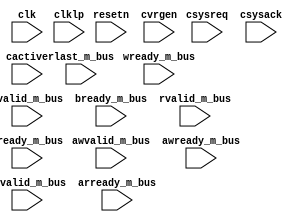
/* ---------------------------------------------------------------------
**
**                  (C) COPYRIGHT 2001-2011 SYNOPSYS, INC.
**                            ALL RIGHTS RESERVED
**
**  This software and the associated documentation are confidential and
**  proprietary to Synopsys, Inc.  Your use or disclosure of this
**  software is subject to the terms and conditions of a written
**  license agreement between you, or your company, and Synopsys, Inc.
**
**  The entire notice above must be reproduced on all authorized copies.
**
** ---------------------------------------------------------------------
**
** Abstract : Checks Low Power handshaking infrastructure.
**
**
** ---------------------------------------------------------------------
**
** CHECKERS:
**
** - check that csysack follows csysreq (1 clk cycle delayed)
**
** - cactive deasserts when csysreq deasserts and there are no outstanding
**   transactions in the bus
**
** - cactive will deassert after transactions counter reaches 0 (csysreq is
**   kept high)
**
** - after reset cactive will deassert after transactions counter reaches 0
**
** - cactive will remain deasserted while there are no transactions pending
**   in the bus
**
** - cactive will assert when new transaction arrives into the bus
**
** - cactive will remain asserted while there are transactions pending in
**   the bus
**
**  - after reset cactive will be:
**    - 0 if NOPX = 0;
**    - 1 if NOPX > 0;
**
** - ready will remain deasserted during Low Power mode
**
** - cactive will assert at the same time as csysack after Lexiting from
**   Low Power
**
** - If there is a buffer stage between the Master and the Slave ports,
**   ready signals for AW, AR and W channels must assert after exiting
**   from Low Power
**
** ---------------------------------------------------------------------
**
** COVERAGE POINTS:
**
** - The system enter in Low Power mode at least once
**
** - The clock is removed sometime during the Low Power mode
**
** - cactive deasserts when LPC requests entering in Low Power mode
**
** - cactive deasserts after no transactions counter have been elapsed
**
** - The system enter in Low Power mode - request accepted
**
** - The system enter in Low Power mode - request rejected
**
** - The system exits from Low Power mode by component request
**
** - The system exits from Low Power mode by LPC request
**
** - The system exits from Low Power mode after Low Power entering rejected
**
** ---------------------------------------------------------------------
*/



module tb_check_lp (
  clk,                                            // System clock
  clklp,                                          // Low Power clock
  resetn,                                         // System reset
  cvrgen,                                         // Coverage enable signal. Will trigger coverage points checking

  awvalid_m_bus,
  awready_m_bus,
  arvalid_m_bus,
  arready_m_bus,
  wready_m_bus,
  bvalid_m_bus,
  bready_m_bus,
  rvalid_m_bus,
  rready_m_bus,
  rlast_m_bus,

  csysreq,
  csysack,
  cactive
);

// Parameters
parameter              NMST = 1;                  // Number of masters
parameter              NOPX = 0;                  // Post Completion Delay Counter
parameter              PCPL = 0;                  // Post Completion Latency (0 or 1)

parameter              AR_HAS_BUFF = 0;           // 1 if there is a buffer stage between the Master and Slave ports
parameter              AW_HAS_BUFF = 0;           // 1 if there is a buffer stage between the Master and Slave ports
parameter              W_HAS_BUFF  = 0;           // 1 if there is a buffer stage between the Master and Slave ports


localparam             FpRej = 1'b0;              // FSM state to control rejected Low Power mode entry
localparam             LpRej = 1'b1;              // ...


input                  clk;                       // System clock
input                  clklp;                     // Low Power clock
input                  resetn;                    // System reset
input                  cvrgen;                    // Coverage enable - will check covrage point on asserting

input   [NMST-1:0]     awvalid_m_bus;
input   [NMST-1:0]     awready_m_bus;
input   [NMST-1:0]     arvalid_m_bus;
input   [NMST-1:0]     arready_m_bus;
input   [NMST-1:0]     wready_m_bus;
input   [NMST-1:0]     bvalid_m_bus;
input   [NMST-1:0]     bready_m_bus;
input   [NMST-1:0]     rvalid_m_bus;
input   [NMST-1:0]     rready_m_bus;
input   [NMST-1:0]     rlast_m_bus;

input                  csysreq;                   // Low Power request
input                  csysack;                   // Low Power acknowledge
input                  cactive;                   // Clock active


reg     [NMST-1:0]     bvalid_m_bus_reg;
reg     [NMST-1:0]     bready_m_bus_reg;
reg     [NMST-1:0]     rvalid_m_bus_reg;
reg     [NMST-1:0]     rready_m_bus_reg;
reg     [NMST-1:0]     rlast_m_bus_reg;

wire    [NMST-1:0]     bvalid_bus;
wire    [NMST-1:0]     bready_bus;
wire    [NMST-1:0]     rvalid_bus;
wire    [NMST-1:0]     rready_bus;
wire    [NMST-1:0]     rlast_bus;

reg     [31:0]         cnt_trans;
reg     [31:0]         cnt_trans_reg;
reg     [31:0]         nopx_cnt;

reg                    csysreq_dl;                // Delayed version of csysreq signal
reg                    csysreq_lp_dl;             // Delayed version of csysreq signal (Low Power clock domain)
wire                   csysreq_edge;              // Edge detection of csysreq signal
wire                   csysreq_ne;                // Negative edge of csysreq signal
wire                   csysreq_pe;                // Positive edge of csysreq signal
reg                    csysreq_lp_pe_dl;          // Delayed csysreq positive edge detection (Low Power clock domain)
reg                    csysreq_ne_dl;             // Delayed csysreq negative edge detection

reg                    csysack_dl;                // Delayed csysack signal
wire                   csysack_ne;                // Negative edge of csysack
wire                   csysack_pe;                // Positive edge of csysack
reg                    csysack_pe_dl;             // Delayed csysack positive edge detection

reg                    cactive_dl;                // Delayed cactive signal
wire                   cactive_pe;                // Positive edge detection of the cactive
wire                   cactive_ne;                // Negative edge detection of the cactive
reg                    cactive_lp_dl_s1;          // Delayed cactive signal (Low Power domain) - 1st stage
reg                    cactive_lp_dl_s2;          // Delayed cactive signal (Low Power domain) - 2nd stage
wire                   cactive_lp_pe;             // Positive edge detection of the cactive (Low Power domain)

reg                    resetn_reg;                // Delaysed resetn signal
wire                   resetn_edge;               // Edge detection of the reset

wire                   low_power_on;
reg                    low_power_on_dl;           // Delayed low_power_on signal
wire                   low_power_on_pe;           // Positive edge of low_power_on signal
wire                   low_power_ready;           // Low Power Ready status

reg                    cvrg_enter_lp_reject_flg;  // Low Power mode entry rejection flag
reg                    rejstate;
reg                    next_rejstate;

wire                   avalid;                    // AW and AR channels valid signal detection
wire                   ready;                     // AW, AR and W channles ready signal detection
wire                   active_trans;              // active transactions
reg                    active_trans_dl;           // Delayed active_trans signal

reg                    leaving_reset;             // reset flag

// Coverage points
integer                mst, mstr;

integer                cvrg_lp_mode;              // Enter in Low Power
integer                cvrg_clk_cnt;              // system clock counter
integer                cvrg_lpclk_cnt;            // Lpw-Power clock counter
integer                cvrg_cactive_by_csysreq;   // cactive goes low after when csysreq deasserts
integer                cvrg_cactive_by_counter;   // cactive goes low after counter reaches 0

integer                cvrg_enter_lp_accept;      // Enter in Low Power mode accepted
integer                cvrg_enter_lp_reject;      // Enter in Low Power mode rejected
integer                cvrg_exit_lp_comp_req;     // Exit from Low Power mode after component request
integer                cvrg_exit_lp_lpc_req;      // Exit from Low Power mode after LPC request
integer                cvrg_exit_lp_after_reject; // Exit from Low Power mode after Low Power entering rejected


assign avalid = awvalid_m_bus || arvalid_m_bus;
assign ready  = awready_m_bus || arready_m_bus || wready_m_bus;


// csysreq edges detection
always @(posedge clk or negedge resetn) begin
  if(!resetn) begin
     csysreq_dl <= 1'b1;
  end
  else begin
     csysreq_dl <= csysreq;
  end
end

assign csysreq_ne   = !csysreq && csysreq_dl;
assign csysreq_pe   = csysreq && !csysreq_dl;


always @(posedge clklp or negedge resetn) begin
  if(!resetn) begin
     csysreq_lp_dl <= 1'b1;
  end
  else begin
     csysreq_lp_dl <= csysreq;
  end
end

assign csysreq_edge  = csysreq^csysreq_lp_dl;
assign csysreq_lp_pe = csysreq && !csysreq_lp_dl;


// csysreq_lp_pe_dl will trigger cactive asserting check
// after a Low Power exiting request. This is implemented
// in Low Power clock domain since Low Power clock could
// not come back into the system immediately
always @(posedge clklp or negedge resetn) begin
  if(!resetn) begin
     csysreq_lp_pe_dl <= 1'b0;
  end
  else begin
     csysreq_lp_pe_dl <= csysreq_lp_pe;
  end
end

// csysreq_ne_dl will trigger cactive deasserting check
// after a Low Power entering request (by LPC)
always @(posedge clklp or negedge resetn) begin
  if(!resetn) begin
     csysreq_ne_dl <= 1'b0;
  end
  else begin
     csysreq_ne_dl <= csysreq_ne;
  end
end


// csysack edge detection
always @(posedge clk or negedge resetn) begin
  if(!resetn) begin
     csysack_dl <= 1'b1;
  end
  else begin
     csysack_dl <= csysack;
  end
end

assign csysack_ne = !csysack && csysack_dl;
assign csysack_pe = csysack && !csysack_dl;


always @(posedge clklp or negedge resetn) begin
  if(!resetn) begin
     csysack_pe_dl    <= 1'b0;
  end
  else begin
     csysack_pe_dl    <= csysack_pe;
  end
end


// Cactive edge detection
always @(posedge clk or negedge resetn) begin
  if(!resetn) begin
     cactive_dl <= 1'b0;
  end
  else begin
     cactive_dl <= cactive;
  end
end

assign cactive_pe = cactive && !cactive_dl;
assign cactive_ne = !cactive && cactive_dl;


// Cactive edge detection (Low Power Domain)
always @(posedge clklp or negedge resetn) begin
  if(!resetn) begin
     cactive_lp_dl_s1 <= 1'b0;
     cactive_lp_dl_s2 <= 1'b0;
  end
  else begin
     cactive_lp_dl_s1 <= cactive;
     cactive_lp_dl_s2 <= cactive_lp_dl_s1;
  end
end

assign cactive_lp_pe = cactive_lp_dl_s2 && !cactive_lp_dl_s2;


// Reset edge detection
always @(posedge clk or negedge resetn) begin
  if(!resetn) begin
     resetn_reg <= 1'b0;
  end
  else begin
     resetn_reg <= resetn;
  end
end

assign resetn_edge = resetn_reg^resetn;


// Detect the period from when a reset pulse occurs
// until the first transaction arrives into the bus
always @(posedge clk or negedge resetn) begin
  if(!resetn) begin
     leaving_reset  <= 1'b1;
  end
  else begin
     if (avalid || !csysreq) leaving_reset <= 1'b0;
  end
end


// Burst Response and Read Data channels sampling latency
// When PCL is set 1, the transaction will complete only
// one clock cycle after a valid response combination is
// catched, i.e, either (bvalid && bready) or
// (rvalid && rready && rlast) are true.
always @(posedge clk or negedge resetn) begin
  if(!resetn) begin
     bvalid_m_bus_reg <= {NMST{1'b0}};
     bready_m_bus_reg <= {NMST{1'b0}};
     rvalid_m_bus_reg <= {NMST{1'b0}};
     rready_m_bus_reg <= {NMST{1'b0}};
     rlast_m_bus_reg  <= {NMST{1'b0}};
  end
  else begin
     bvalid_m_bus_reg <= bvalid_m_bus;
     bready_m_bus_reg <= bready_m_bus;
     rvalid_m_bus_reg <= rvalid_m_bus;
     rready_m_bus_reg <= rready_m_bus;
     rlast_m_bus_reg  <= rlast_m_bus;
  end
end

assign bvalid_bus = (PCPL==1) ? bvalid_m_bus_reg : bvalid_m_bus;
assign bready_bus = (PCPL==1) ? bready_m_bus_reg : bready_m_bus;
assign rvalid_bus = (PCPL==1) ? rvalid_m_bus_reg : rvalid_m_bus;
assign rready_bus = (PCPL==1) ? rready_m_bus_reg : rready_m_bus;
assign rlast_bus  = (PCPL==1) ? rlast_m_bus_reg  : rlast_m_bus;


// Count active transations in the bus
always @(posedge clk or negedge resetn) begin
  if(!resetn) begin
     cnt_trans = 0;
  end
  else begin
     for(mst=0; mst < NMST; mst=mst+1) begin
        if (awvalid_m_bus[mst] && awready_m_bus[mst])
           cnt_trans = cnt_trans + 1;

        if (arvalid_m_bus[mst] && arready_m_bus[mst])
            cnt_trans = cnt_trans + 1;

        if (bvalid_bus[mst] && bready_bus[mst])
           cnt_trans = cnt_trans - 1;

        if (rvalid_bus[mst] && rready_bus[mst] && rlast_bus[mst])
            cnt_trans = cnt_trans - 1;
     end
     cnt_trans_reg <= cnt_trans;
  end
end

assign active_trans = (|cnt_trans_reg) || avalid;


always @(posedge clk or negedge resetn) begin
  if(!resetn) begin
     active_trans_dl <= 0;
  end
  else begin
     active_trans_dl <= active_trans;
  end
end


// Control no outstanding transactions counter
always @(posedge clklp or negedge resetn) begin
  if(!resetn) begin
     nopx_cnt <= NOPX;
  end
  else begin
     if (csysreq_lp_pe) begin
        nopx_cnt <= NOPX + 1;
     end
     else if (active_trans || (nopx_cnt==0) || (cactive===0)) begin
        nopx_cnt <= NOPX;
     end
     else begin
        nopx_cnt <= nopx_cnt - 1;
     end
  end
end


// ---------------------------------------------------------------------
// Entering in low power mode detection
// ---------------------------------------------------------------------
//                  ___     ___     ___     ___     ___     ___     ___
// clk          ___|   |___|   |___|   |___|   |___|   |___|   |___|   |
//                 T1      T2     T3      T4       T5      T6
//              ___                                 ___________________
// csysreq         |_______________________________|
//              ___________                                  __________
// csysack                 |________________________________|
//              ___________________                          __________
// cactive                         |________________________|
//                                  _______________
// low_power_on ___________________|               |___________________
//                                   _______
// low_power_on_pe _________________|       |___________________________
//                                          ________________
// low_power_ready ________________________|                |___________
//
// ---------------------------------------------------------------------

assign low_power_on = !csysreq && !cactive && !csysack;

always @(posedge clklp or negedge resetn) begin
  if(!resetn) begin
     low_power_on_dl <= 0;
  end
  else begin
     low_power_on_dl <= low_power_on;
  end
end

assign low_power_on_pe = low_power_on && !low_power_on_dl;

assign low_power_ready = low_power_on_dl;


// ---------------------------------------------------------------------
// Checker: check that csysack follows csysreq (1 clk cycle delayed)
//
//                  ___     ___     ___     ___     ___     ___
// clk          ___|   |___|   |___|   |___|   |___|   |___|   |
//              ___________                         ____________
// csysreq                 |_______________________|
//              ___________________                         _____
// csysreq_dl                      |_______________________|
//                          _______                 _______
// csysreq_edge ___________|       |_______________|       |_____
//
// csysreq_edge will detect csysreq edges. It will last for 1 clk cycle.
//
// - csysreq and csysack must be equal when csysreq_edge is 0
// - csysreq and csysack must be different when csysreq_edge is 1
//
// ---------------------------------------------------------------------

always @(posedge clklp) begin
  if((csysreq_edge == 1) && (csysreq == csysack)) begin
     $display("%0t, ERROR: LOW POWER I/F CHECKER - csysreq and csysack have the same value after csysreq transition!", $time);
  end
  else if((csysreq_edge == 0) && (csysreq != csysack)) begin
     $display("%0t, ERROR: LOW POWER I/F CHECKER - csysack is different from csysreq after csysreq transition!", $time);
  end
end


always @(posedge clk) begin
   // Check that cactive is deasserted when csysreq is deasserted
   if (
      // When there are no outstanding transactions pending in the bus
      // (!active_trans_dl) and csysreq deasserts (!csysreq) while the
      // no transactions counter is still being decremented (nopx_cnt!=0),
      // cactive should deassert.

      // cactive will deassert 1 clock cycle after csysreq deasserts. So
      // the checker should be evaluated in the second posedge of clock
      // after csysreq deasserts (csysreq_dl -> 0)
      csysreq_ne_dl && (cactive !== 0) && !active_trans

      ) begin
      $display("%0t, ERROR: LOW POWER I/F CHECKER - cactive should be deasserted when csysreq deasserts and there are no pending transactions in the bus!", $time);
   end


   // Check that cactive will deassert when counter reaches 0 (csysreq
   // is kept high)
   if (NOPX!=0) begin
      if (
         // When there are no Low Power Entry requests in the bus (csysreq)
         // and no outstanding transactions pending (!active_trans)
         csysreq && !active_trans

         // avoid when csysreq asserts at the same instant cactive is
         // deasserting because the counter have been elapsed. In this
         // scenario cactive will assert only in the next clock cycle
         // remaining low until that.
         && !csysreq_pe

         // and cactive deasserts while the no transactions counter is
         // still decrementing
            && ((cactive_ne && (nopx_cnt > 0))
               || (!cactive_ne && (nopx_cnt == 0)))

         // avoid when the system is leaving from reset
         && !leaving_reset

         ) begin
         $display("%0t, ERROR: LOW POWER I/F CHECKER - cactive should deassert after nopx counter reaches 0!", $time);
      end
   end


   // Check when leaving from reset cactive will deassert nopx counter cycles after
   // (csysreq is kept high)
   if (NOPX!=0) begin
      if (
         // When there are no Low Power Entry requests in the bus (csysreq)
         // and no outstanding transactions pending (!active_trans)
         csysreq && !active_trans

         // and cactive deasserts while the no transactions counter is
         // still decrementing
            && ((cactive_ne && (nopx_cnt > 0))
               || (!cactive_ne && (nopx_cnt == 0)))

         // Leaving from reset
         && leaving_reset
         ) begin
         $display("%0t, ERROR: LOW POWER I/F CHECKER - cactive should deassert after nopx counter reaches 0 immediately after reset!", $time);
      end
   end

   if ((cactive!==0) && (NOPX==0) && !active_trans && !csysack_pe) begin
      $display("%0t, ERROR: LOW POWER I/F CHECKER - cactive should be deasserted when there are no transactions pending in the bus!", $time);
   end

   // Check that cactive will assert when new transaction arrives into the bus
   if ((awvalid_m_bus || arvalid_m_bus) && !cactive) begin
      $display("%0t, ERROR: LOW POWER I/F CHECKER - cactive should assert when new transaction arrives into the bus!", $time);
   end

   // Check that cactive will remain asserted while there are pending transactions in the bus
   if (active_trans && (cactive===0)) begin
      $display("%0t, ERROR: LOW POWER I/F CHECKER - cactive should be asserted while there are transactions in the bus!", $time);
   end

   // Check cactive value after reset (0 if NOPX is zero; 1 if NOPX is greater than zero)
   if (resetn_edge &&
      (((NOPX==0) && (cactive!==0)) ||
      ((NOPX!=0) && (cactive===0)))) begin
      $display("%0t, ERROR: LOW POWER I/F CHECKER - after reset cactive should be at 0 if NOPX counter is 0; 1 if NOPX is greater than 0!", $time);
   end

   // Check that ready is held low during Low Power
   if (low_power_ready && ready) begin
      $display("%0t, ERROR: LOW POWER I/F CHECKER - ready should be held low during Low Power!", $time);
   end
end

always @(posedge clklp) begin

   // Check that cactive will assert at the same time as csysack after LPC requests exiting from Low Power
   if (csysreq_lp_pe_dl && (cactive===0) && !active_trans) begin
      $display("%0t, ERROR: LOW POWER I/F CHECKER - cactive should assert after Low Power Controller request!", $time);
   end

   // Check that if there is a buffer stage between the Master and the Slave ports the ready
   // signal will assert
   if (cactive_lp_pe) begin
      for(mstr=0; mstr < NMST; mstr=mstr+1) begin
        if ((AW_HAS_BUFF==1) & !awready_m_bus[mstr]) begin
           $display("%0t, ERROR: LOW POWER I/F CHECKER - awready for the master %d should assert after exiting from Low Power!", $time,mstr);
        end

        if ((AR_HAS_BUFF==1) & !arready_m_bus[mstr]) begin
           $display("%0t, ERROR: LOW POWER I/F CHECKER - arready for the master %d should assert after exiting from Low Power!", $time,mstr);
        end

        if ((W_HAS_BUFF==1) & !wready_m_bus[mstr]) begin
            $display("%0t, ERROR: LOW POWER I/F CHECKER - wready for the master %d should assert after exiting from Low Power!", $time,mstr);
         end
      end
   end

end



initial begin
   cvrg_lp_mode              = 0;
   cvrg_clk_cnt              = 0;
   cvrg_lpclk_cnt            = 0;
   cvrg_cactive_by_csysreq   = 0;
   cvrg_cactive_by_counter   = 0;

   cvrg_enter_lp_accept      = 0;
   cvrg_enter_lp_reject      = 0;
   cvrg_exit_lp_comp_req     = 0;
   cvrg_exit_lp_lpc_req      = 0;
   cvrg_exit_lp_after_reject = 0;

   cvrg_enter_lp_reject_flg  = 0;

end



// ---------------------------------------------------------------------
// The system enter in Low Power mode at least once
// ---------------------------------------------------------------------
always @(posedge clk) begin
   if (low_power_on_pe) begin
      cvrg_lp_mode = cvrg_lp_mode + 1;
   end
end

// ---------------------------------------------------------------------
// Cover Low Power clock disabled during Low Power mode
// ---------------------------------------------------------------------
always @(posedge clk) begin
   if (low_power_on) begin
      cvrg_clk_cnt = cvrg_clk_cnt + 1;
   end
end

always @(posedge clklp) begin
   if (low_power_on) begin
      cvrg_lpclk_cnt = cvrg_lpclk_cnt + 1;
   end
end

// ---------------------------------------------------------------------
// Cover cactive deasserting by csysreq deasserting
// ---------------------------------------------------------------------
always @(posedge clk) begin
//   if (csysreq_ne && cactive_ne && !active_trans && (nopx_cnt!=0)) begin
   if (csysreq_ne_dl && cactive_ne && !active_trans) begin
      cvrg_cactive_by_csysreq = cvrg_cactive_by_csysreq + 1;
   end
end

// ---------------------------------------------------------------------
// Cover cactive deasserting after nopx have been elapsed
// ---------------------------------------------------------------------
always @(posedge clk) begin
   if (csysreq && cactive_ne && !active_trans && (nopx_cnt==0)) begin
      cvrg_cactive_by_counter = cvrg_cactive_by_counter + 1;
   end
end



// ---------------------------------------------------------------------
// Cover Entering in Low Power mode - request accepted
// ---------------------------------------------------------------------
//                  ___     ___     ___     ___     ___     ___
// clk          ___|   |___|   |___|   |___|   |___|   |___|   |
//                         T1      T2     T3      T4
//              ___________________
// csysreq                         |____________________________
//              ___________________________
// csysack                                 |____________________
//              ___________
// cactive                 |____________________________________
//
// @T1 - cactive goes low
// @T2 - Low Power handshake request
// @T3 - Low Power handshake complete
// @T4 - Low Power request accepted
//
// ---------------------------------------------------------------------
always @(csysack) begin
   if (!csysack && !cactive) begin
      cvrg_enter_lp_accept = cvrg_enter_lp_accept + 1;
   end
end

// ---------------------------------------------------------------------
// Cover entering in Low Power mode - request rejected
// ---------------------------------------------------------------------
//                  ___     ___     ___     ___     ___     ___
// clk          ___|   |___|   |___|   |___|   |___|   |___|   |
//                         T1      T2     T3      T4       T5
//              ___________
// csysreq                 |____________________________________
//              ___________________
// csysack                         |____________________________
//                                  _______
// csysack_ne   ___________________|       |____________________
//              ___________________________________
// cactive                                         |____________
//
//
// @T1 - Low Power handshake request
// @T2 - Low Power handshake complete
// @T3 - Low Power request rejected
// @T4 - cactive goes low
// @T5 - Low Power mode activated
//
// ---------------------------------------------------------------------
always @(posedge clk) begin
   if (csysack_ne && cactive) begin
      cvrg_enter_lp_reject = cvrg_enter_lp_reject + 1;
   end
end


// ---------------------------------------------------------------------
// Cover Exiting from Low Power mode by component request
// ---------------------------------------------------------------------
//                  ___     ___     ___     ___     ___     ___
// clk          ___|   |___|   |___|   |___|   |___|   |___|   |
//                 T0      T1      T2     T3      T4
//                                  ____________________________
// csysreq      ___________________|
//                                          ____________________
// csyack       ___________________________|
//                          ____________________________________
// cactive      ___________|
//                          _______
// cactive_pe   ___________|       |____________________________
//
// @T0 - Low Power mode active
// @T1 - New transaction arrives in; cactive goes high
// @T2 - Exiting Low Power request
// @T3 - Exiting Low Power handshake complete
// @T4 - Normal Operation
//
// ---------------------------------------------------------------------
always @(posedge clk) begin
   if (cactive_pe && !csysreq) begin
      cvrg_exit_lp_comp_req = cvrg_exit_lp_comp_req + 1;
   end
end

// ---------------------------------------------------------------------
// Cover Exiting from Low Power mode by LPC request
// ---------------------------------------------------------------------
//                  ___     ___     ___     ___     ___     ___
// clk          ___|   |___|   |___|   |___|   |___|   |___|   |
//                 T0      T1      T2     T3
//                          ____________________________________
// csysreq      ___________|
//                                  ____________________________
// csyack       ___________________|
//                                  ____________________________
// cactive      ___________________|
//                          _______
// csysreq_pe   ___________|       |____________________________
//
// @T0 - Low Power mode active
// @T1 - Exiting Low Power request
// @T2 - Exiting Low Power handshake complete; cactive goes high
// @T3 - Normal Operation
//
// ---------------------------------------------------------------------
always @(posedge clk) begin
   if (csysreq_pe && !cactive) begin
      cvrg_exit_lp_lpc_req = cvrg_exit_lp_lpc_req + 1;
   end
end


// ---------------------------------------------------------------------
// Cover Exiting from Low Power mode after Low Power entering rejected
// ---------------------------------------------------------------------
//                  ___     ___     ___     ___     ___     ___     ___
// clk          ___|   |___|   |___|   |___|   |___|   |___|   |___|   |
//                 T1      T2     T3       T4     T5       T6      T7
//              ___                                 ___________________
// csysreq         |_______________________________|
//              ___________                                 __________
// csysack                 |_______________________________|
//                          _______
// csysack_ne   ___________|       |___________________________________
//              ___________________                         ___________
// cactive                         |_______________________|
//                                  _______________
// low_power_on ___________________|               |___________________
//
//              ___ _______________________________ ___________________
// next_rejstate___X_____________LpRej_____________X________FpRej______
//
//              ___________ _______________________________ __________
// rejstate     ___FpRej___X___________LpRej_______________X___FpRej__
//
//                                  ________________________
// *reject_flg  ___________________|                        |_________
//
// @T1 - Low Power request
// @T1 - Low Power handshake complete
// @T2 - Low Power request rejected
//       no outstanding transaction in the bus => cactive goes low
//       Low Power entry rejections flag goes high
// @T3 - Low Power mode activated
// @T5 - LPC requests Exiting from Low Power
// @T6 - Low Power handshake completed
//       Low Power entry rejections flag goes low
// @T7 - Normal Operation
//
// ---------------------------------------------------------------------


always@(*) begin
  next_rejstate = rejstate;
  case (rejstate)
     FpRej:
        begin
           cvrg_enter_lp_reject_flg = 1'b0;
           if(csysack_ne && (cactive || avalid)) begin
              next_rejstate = LpRej;
           end
        end
     LpRej:
        begin
            // assert the flag only when entering in Low Power
           if (low_power_on) begin
              cvrg_enter_lp_reject_flg = 1'b1;
           end

           if(csysreq) begin
              next_rejstate = FpRej;
           end
        end
  endcase
end

always@(posedge clk or negedge resetn) begin
  if(~resetn) begin
      rejstate <= FpRej;
  end
  else begin
      rejstate <= next_rejstate;
  end
end

always @(posedge clk) begin
  if (csysreq && !csysack && !cactive && cvrg_enter_lp_reject_flg) begin
     cvrg_exit_lp_after_reject = cvrg_exit_lp_after_reject + 1;
  end
end



always @(cvrgen) begin
   if (cvrgen==1) begin
      if (cvrg_lp_mode == 0) begin
         $display("WARNING: LOW POWER I/F CHECKER - The system should enter in Low Power mode at least once!");
      end else begin
         $display("INFO: LOW POWER I/F CHECKER - The system entered in Low Power %d times", cvrg_lp_mode);
      end

      if (cvrg_clk_cnt == cvrg_lpclk_cnt) begin
         $display("WARNING: LOW POWER I/F CHECKER -  The clock had not been removed in none of times the Low Power mode was active!");
      end

      if (cvrg_cactive_by_csysreq == 0) begin
         $display("WARNING: LOW POWER I/F CHECKER - The system did not cover cactive deasserting by csysreq deasserting!");
      end else begin
         $display("INFO: LOW POWER I/F CHECKER - The system entered in Low Power after Low Power Controller request %d times", cvrg_cactive_by_csysreq);
      end

      if (cvrg_cactive_by_counter == 0) begin
         $display("WARNING: LOW POWER I/F CHECKER - The system did not cover cactive deasserting after nopx have been elapsed!");
      end else begin
         $display("INFO: LOW POWER I/F CHECKER - The system had been ready for entering in Low Power mode %d times", cvrg_cactive_by_counter);
      end

      if (cvrg_enter_lp_accept == 0) begin
         $display("WARNING: LOW POWER I/F CHECKER - The system did not cover entering in Low Power mode - request accepted!");
      end else begin
         $display("INFO: LOW POWER I/F CHECKER - The system has accepted an entering in Low Power request %d times", cvrg_enter_lp_accept);
      end

      if (cvrg_enter_lp_reject == 0) begin
         $display("WARNING: LOW POWER I/F CHECKER - The system did not cover entering in Low Power mode - request rejected!");
      end else begin
         $display("INFO: LOW POWER I/F CHECKER - The system has rejected an entering in Low Power request %d times", cvrg_enter_lp_reject);
      end

      if (cvrg_exit_lp_comp_req == 0) begin
         $display("WARNING: LOW POWER I/F CHECKER - The system did not cover exiting from Low Power mode by component request!");
      end else begin
         $display("INFO: LOW POWER I/F CHECKER - The system exited from Low Power after new transaction arrives in %d times", cvrg_exit_lp_comp_req);
      end

      if (cvrg_exit_lp_lpc_req == 0) begin
         $display("WARNING: LOW POWER I/F CHECKER - The system did not cover exiting from Low Power mode by LPC request!");
      end else begin
         $display("INFO: LOW POWER I/F CHECKER - The system exited from Low Power after Low Power Controller request %d times", cvrg_exit_lp_lpc_req);
      end

      if (cvrg_exit_lp_after_reject == 0) begin
         $display("WARNING: LOW POWER I/F CHECKER - The system did not cover exiting from Low Power mode after Low Power entering rejected!");
      end else begin
         $display("INFO: LOW POWER I/F CHECKER - The system exited from Low Power after rejecting Low Power Controller request %d times", cvrg_exit_lp_after_reject);
      end

   end
end


endmodule